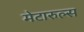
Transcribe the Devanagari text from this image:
मेटारुल्स